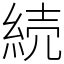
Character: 続